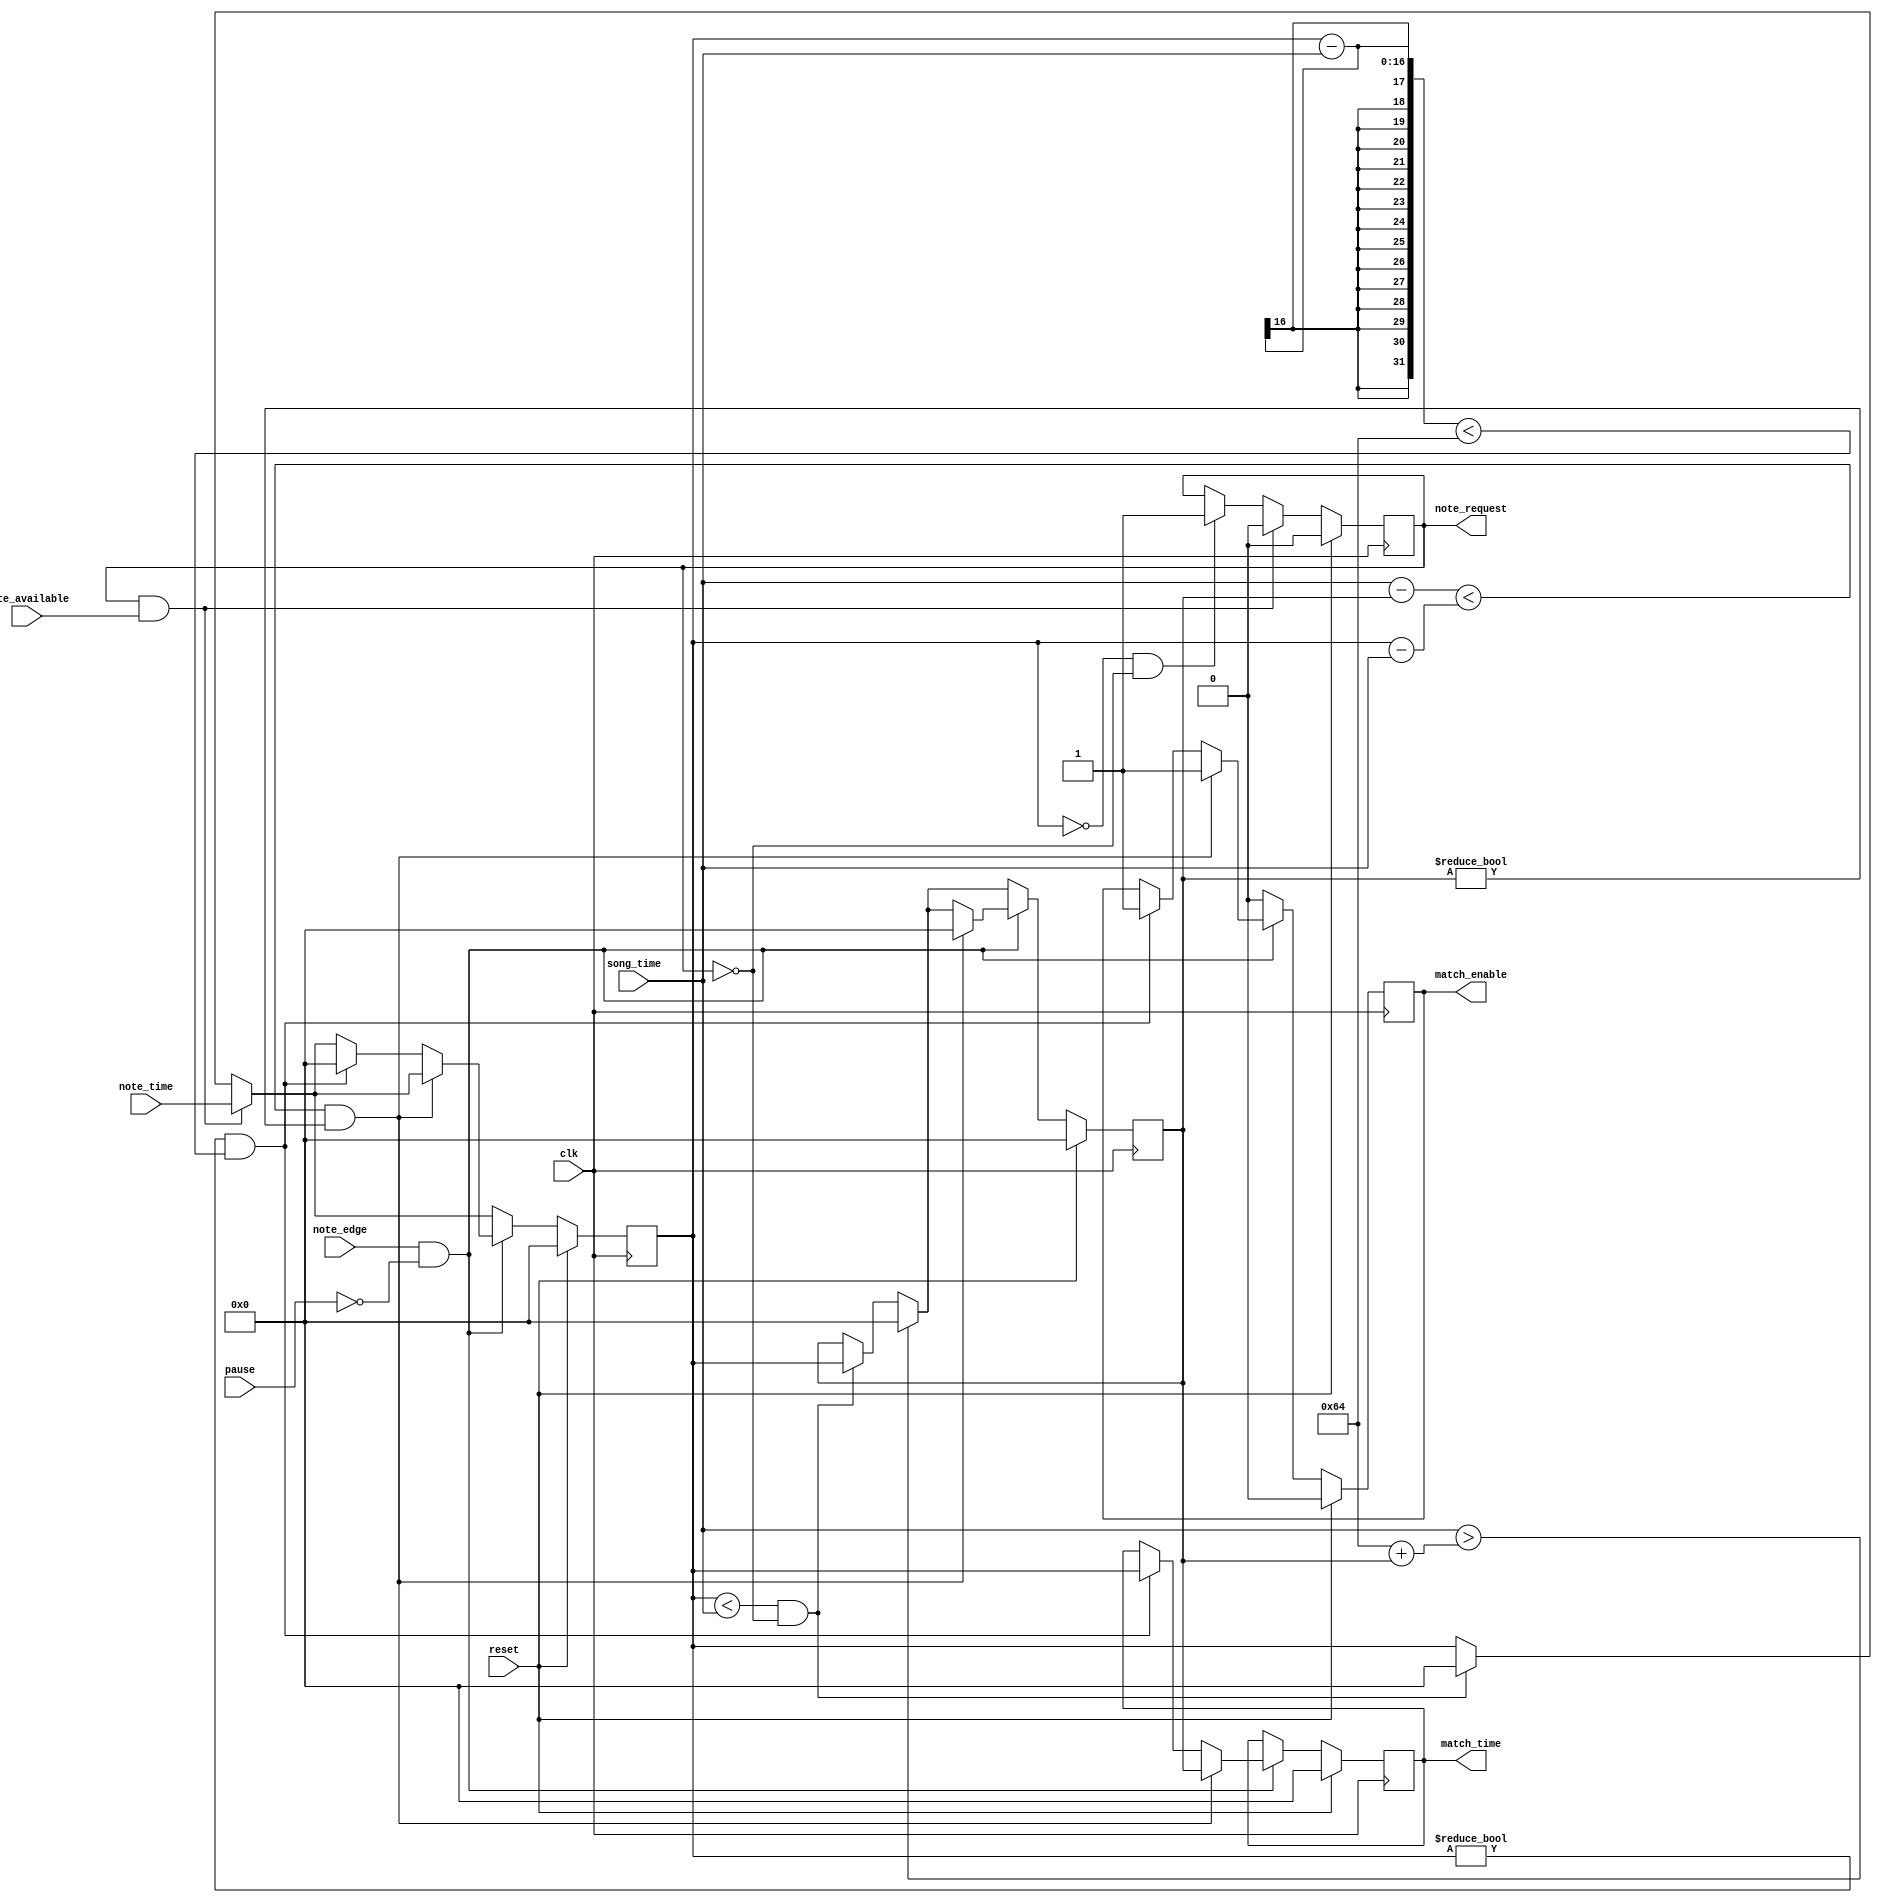
module SC_note_matching_sub(
    input clk,
    input pause,
    input reset,
    input [15:0] song_time, //current song time
    input note_edge, //if note has become active (must be a single-cycle pulse)
    input [15:0] note_time, //time of next note, or all 1's if no note in buffer
    input note_available, //high when note requested is available
    output reg note_request, //a pulse if a new note is needed to be shifted in    
    output reg match_enable, //a pulse signaling a new note-match
    output reg [15:0] match_time //time which the note has been matched to.
    );
    
    reg [15:0] past_note, future_note; //time of closest nearby note
    localparam NOTE_TIMEOUT = 100; //time it takes for a note to no longer be considered, in 10ms (100 = 1s) 
    
    initial past_note <= 0;
    initial future_note <= 0;
    initial match_enable <= 0;
    initial match_time <= 0;
    
    always @(posedge clk) begin
        if(reset) begin
            past_note <= 0;
            future_note <= 0;
            note_request <= 0;
            match_enable <= 0;
            match_time <= 0;
        end
        else begin
            if(future_note < song_time && ~note_request) begin //if future note not in the future
                past_note <= future_note; //shift in the new past_note
                future_note <= 0; //invalid
            end
            
            if(future_note == 0 && note_request == 0) begin //get a new note
                note_request <= 1;
            end
    
            if(note_request && note_available) begin
                note_request <= 0; //stop requesting
                future_note <= note_time; //shift in new future note
            end
            
            if(song_time > NOTE_TIMEOUT + past_note) begin //if nearest note is timed-out
                past_note <= 0; //write invalid
            end
            
            if(note_edge && ~pause) begin
                if( (song_time - past_note < future_note - song_time) && past_note != 0) 
                begin //match to past note
                    match_enable <= 1'b1;
                    match_time <= past_note;
                    past_note <= 0;
                end
                else if(future_note != 0 && (future_note - song_time < NOTE_TIMEOUT) ) begin //match to future note
                    match_enable <= 1'b1;
                    match_time <= future_note;
                    future_note <= 0;
                end
            end
            else if(match_enable) begin //reset match_enable
                match_enable <= 0;
            end
        end
    end 
    
    
endmodule